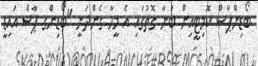
ބޯޑިންޕާސް ކޮމިޓީއިން ބުނާ ގޮތުގައި އެ މީހާ ގެންދަނީ "ބޯޑިންގ ޕާސް އައިޑީ